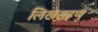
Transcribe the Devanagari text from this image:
लिखराइणु